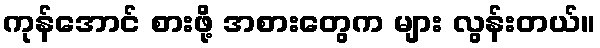
ကုန်အောင် စားဖို့ အစားတွေက များ လွန်းတယ်။